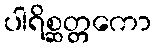
ပါရိစ္ဆတ္တကော